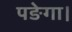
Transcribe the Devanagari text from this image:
पङेगा।